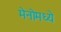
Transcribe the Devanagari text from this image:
मेनोमध्ये